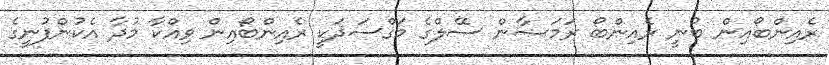
ރެއިންބޯއިން ބުނީ ރެއިންބޯ ރަމަޟާން ސޭލްގެ މަގްސަދަކީ ރެއިންބޯއިން ވިއްކާ މުދާ އެކުންފުނީގެ